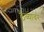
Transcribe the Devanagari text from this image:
ठेव्यावर